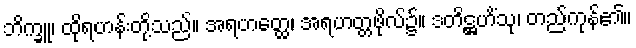
ဘိက္ခူ၊ ထိုရဟန်းတို့သည်။ အရဟတ္ထေ၊ အရဟတ္တဖိုလ်၌။ ဒတိဋ္ဌဟိံသု၊ တည်ကုန်၏။